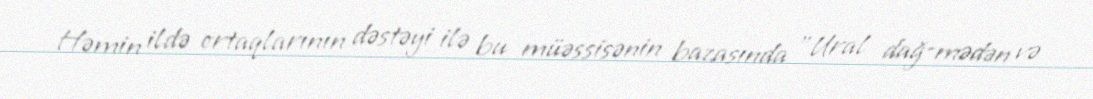
Həmin ildə ortaqlarının dəstəyi ilə bu müəssisənin bazasında "Ural dağ-mədən və